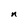
Character: n